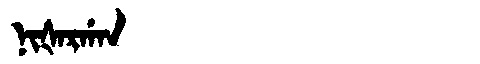
Manchu: ᠨᡳᡧᠠᡵᡤᠠᠨ
Romanization: NIŠARGAN